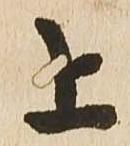
上